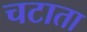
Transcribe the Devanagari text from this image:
चटाता